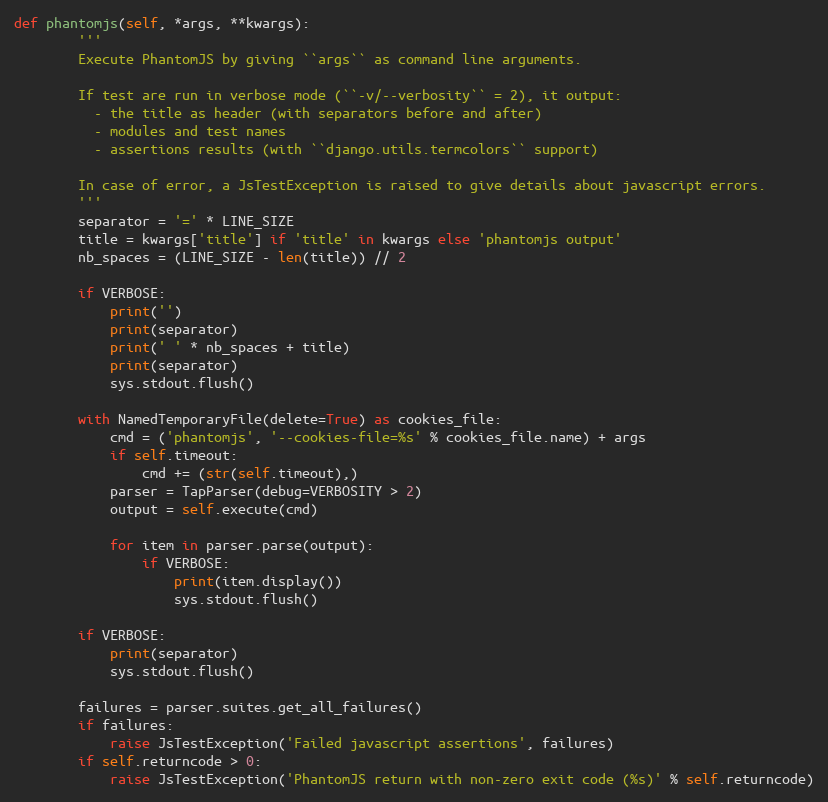
Language: Python
def phantomjs(self, *args, **kwargs):
        '''
        Execute PhantomJS by giving ``args`` as command line arguments.

        If test are run in verbose mode (``-v/--verbosity`` = 2), it output:
          - the title as header (with separators before and after)
          - modules and test names
          - assertions results (with ``django.utils.termcolors`` support)

        In case of error, a JsTestException is raised to give details about javascript errors.
        '''
        separator = '=' * LINE_SIZE
        title = kwargs['title'] if 'title' in kwargs else 'phantomjs output'
        nb_spaces = (LINE_SIZE - len(title)) // 2

        if VERBOSE:
            print('')
            print(separator)
            print(' ' * nb_spaces + title)
            print(separator)
            sys.stdout.flush()

        with NamedTemporaryFile(delete=True) as cookies_file:
            cmd = ('phantomjs', '--cookies-file=%s' % cookies_file.name) + args
            if self.timeout:
                cmd += (str(self.timeout),)
            parser = TapParser(debug=VERBOSITY > 2)
            output = self.execute(cmd)

            for item in parser.parse(output):
                if VERBOSE:
                    print(item.display())
                    sys.stdout.flush()

        if VERBOSE:
            print(separator)
            sys.stdout.flush()

        failures = parser.suites.get_all_failures()
        if failures:
            raise JsTestException('Failed javascript assertions', failures)
        if self.returncode > 0:
            raise JsTestException('PhantomJS return with non-zero exit code (%s)' % self.returncode)